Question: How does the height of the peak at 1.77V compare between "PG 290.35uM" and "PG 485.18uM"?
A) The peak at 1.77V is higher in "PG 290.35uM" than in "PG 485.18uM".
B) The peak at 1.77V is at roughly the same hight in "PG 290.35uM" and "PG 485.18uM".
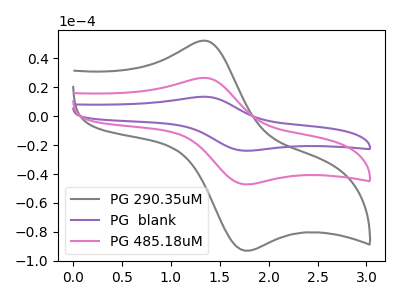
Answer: <think>The gray curve "PG 290.35uM" has an anodic peak at (1.35V, 52.20uA) and a cathodic peak at (1.75V, -93.05uA). The purple curve "PG  blank" has an anodic peak at (1.35V, 52.90uA) and a cathodic peak at (1.75V, -94.35uA). The pink curve "PG 485.18uM" has an anodic peak at (1.35V, 26.45uA) and a cathodic peak at (1.75V, -47.20uA).</think>
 <answer>A) The peak at 1.77V is higher in "PG 290.35uM" than in "PG 485.18uM".</answer>
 <eval>A</eval>